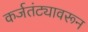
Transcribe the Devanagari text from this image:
कर्जतंट्यावरून